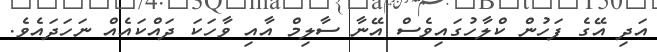
އަދި އޭގެ ފަހުން ކްލާހުގައިވެސް އޭނާ ސާލިމް އާއި ވާހަކަ ދައްކައެއް ނަހަދައެވެ.